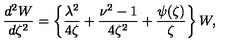
\frac { d ^ { 2 } W } { d \zeta ^ { 2 } } = \left\{ \frac { \lambda ^ { 2 } } { 4 \zeta } + \frac { \nu ^ { 2 } - 1 } { 4 \zeta ^ { 2 } } + \frac { \psi ( \zeta ) } { \zeta } \right\} W ,